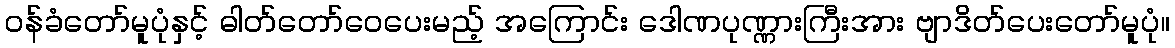
ဝန်ခံတော်မူပုံနှင့် ဓါတ်တော်ဝေပေးမည့် အကြောင်း ဒေါဏပုဏ္ဏားကြီးအား ဗျာဒိတ်ပေးတော်မူပုံ။